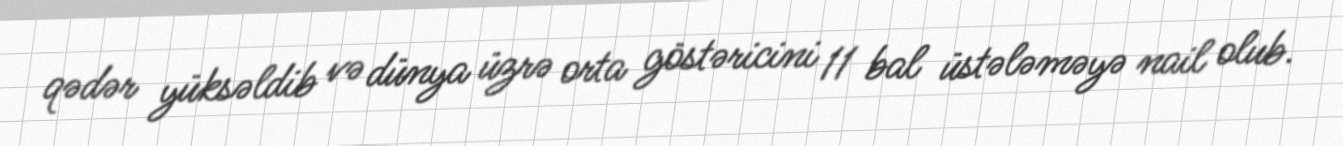
qədər yüksəldib və dünya üzrə orta göstəricini 11 bal üstələməyə nail olub.